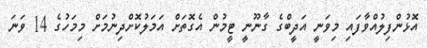
އޮޅުންފިލުއްވާފައި މިވަނީ އަދީބްގެ ގާނޫނީ ޓީމުން އެގޮތަށް އަމަލުކޮށްދިނުމަށް މިމަހުގެ 14 ވަނަ